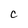
Character: C